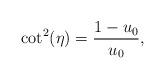
LaTeX: \begin{align*}\cot^2(\eta) = \frac{1-u_0}{u_0}, \end{align*}